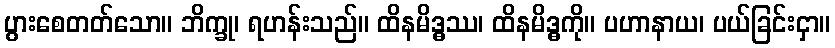
ပွားစေတတ်သော။ ဘိက္ခု၊ ရဟန်းသည်။ ထိနမိဒ္ဓဿ၊ ထိနမိဒ္ဓကို။ ပဟာနာယ၊ ပယ်ခြင်းငှာ။